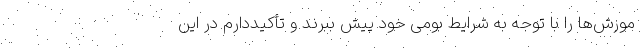
موزش‌ها را با توجه به شرایط بومی خود پیش ببرند و تأکیددارم در این